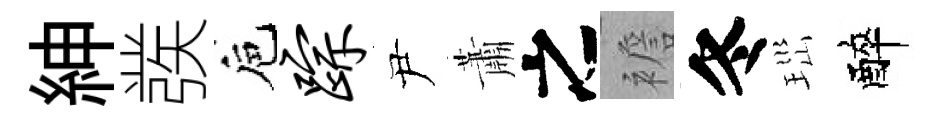
紳彂巵踪尹蕭之襜冬𤤼醉